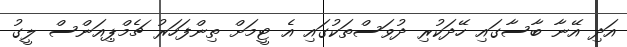
އަދި އޭނާ ބާސާގައި ހޭދަކުރި ދުވަސްތަކުގައި އެ ޓީމަށް ތިންފަހަރު ޗެމްޕިއަންސް ލީގު